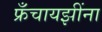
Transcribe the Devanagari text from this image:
फ्रँचायझींना